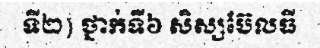
ទី២) ថ្នាក់ទី៦ សិស្សប៊ែលធី